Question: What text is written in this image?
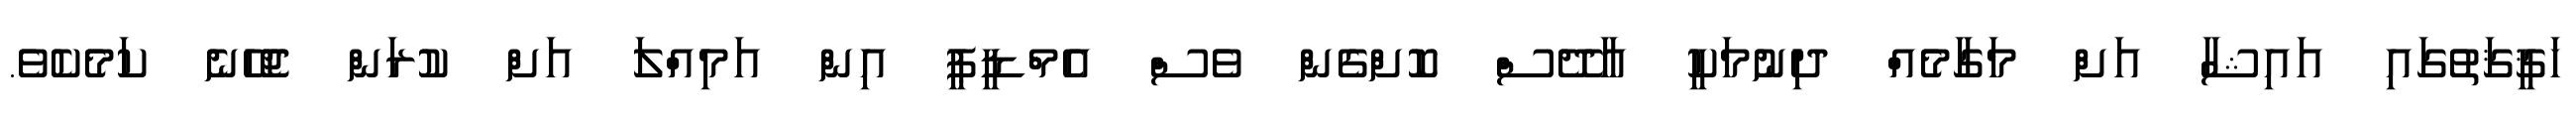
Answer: ހަޤީޤަތުގައި އައިޝާ އަށް މަގާމެއް ދިނުމަކީ އާދޭސް ކޮށްގެން ވެސް އެމްޑީޕީ އިން އަމިއްލަ އަށް ކުރަން ޖެހޭނެ ކަމެކެވެ.